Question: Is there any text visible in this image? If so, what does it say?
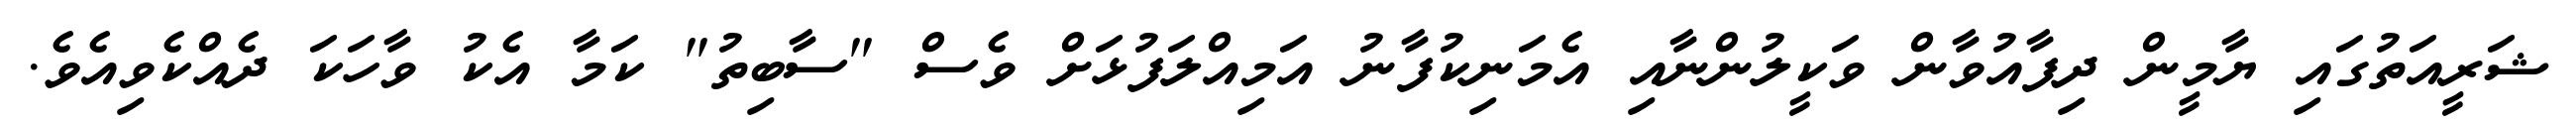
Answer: ޝަރީއަތުގައި ޔާމީން ދިފާއުވާން ވަކީލުންނާއި އެމަނިކުފާނު އަމިއްލަފުޅަށް ވެސް "ސާބިތު" ކަމާ އެކު ވާހަކަ ދެއްކެވިއެވެ.